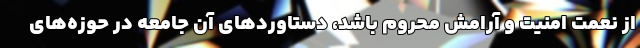
از نعمت امنیت و آرامش محروم باشد، دستاوردهای آن جامعه در حوزه‌های